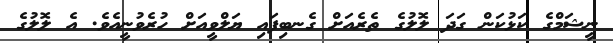
ނީޝަމްގެ ކަޅުކަން ގަދަ ލޮލުގެ ތެރެއަށް ގެނބިފައި ޔަލްވީއަށް ހުރެވުނީއެވެ. އެ ލޮލުގެ